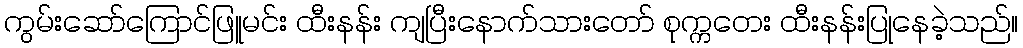
ကွမ်းဆော်ကြောင်ဖြူမင်း ထီးနန်း ကျပြီးနောက်သားတော် စုက္ကတေး ထီးနန်းပြုနေခဲ့သည်။